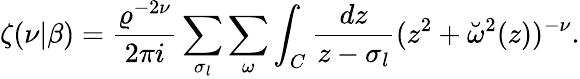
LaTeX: \zeta(\nu|\beta)={\frac{\varrho^{-2\nu}}{2\pi i}}\sum_{\sigma_{l}}\sum_{\omega}\int_{C}{\frac{dz}{z-\sigma_{l}}}(z^{2}+\breve{\omega}^{2}(z))^{-\nu}.